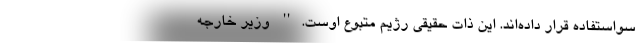
سواستفاده قرار داده‌اند. این ذات حقیقی رژیم متبوع اوست.'' وزیر خارجه